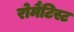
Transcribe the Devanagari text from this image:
रोमैंटिस्ट